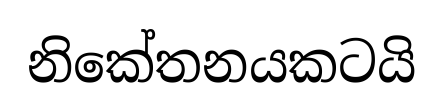
නිකේතනයකටයි